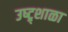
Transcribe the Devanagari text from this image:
उष्ट्र्शाळा